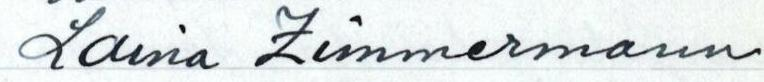
Laina Zimmermann